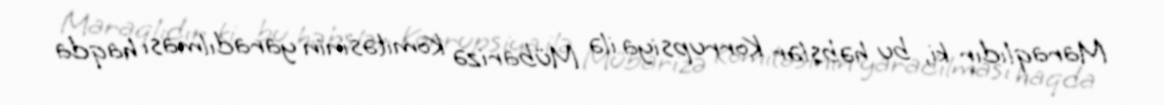
Maraqlıdır ki, bu həbslər Korrupsiya ilə Mübarizə Komitəsinin yaradılması haqda